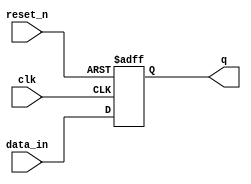
module d_ff(input data_in, input clk, input reset_n, output reg q);

    always @(posedge clk or negedge reset_n) begin
        if(!reset_n)
            q <= 0;
        else 
            q <= data_in;
    end

endmodule